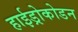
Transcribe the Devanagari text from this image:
हाईड्रोकोडन